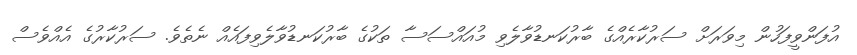
އުފަންވީފަހުން މިވަރަށް ސަރުކާރެއްގެ ބާރުކަނޑުވާލެވި މުއައްސަސާ ތަކުގެ ބާރުކަނޑުވާލެވިފައެއް ނެތެވެ. ސަރުކާރުގެ އެއްވެސް